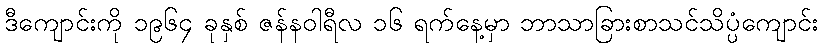
ဒီကျောင်းကို ၁၉၆၄ ခုနှစ် ဇန်နဝါရီလ ၁၆ ရက်နေ့မှာ ဘာသာခြားစာသင်သိပ္ပံကျောင်း